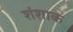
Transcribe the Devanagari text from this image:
शंशाक